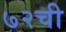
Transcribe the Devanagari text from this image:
७२ची